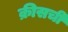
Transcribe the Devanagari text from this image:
क्रीसची